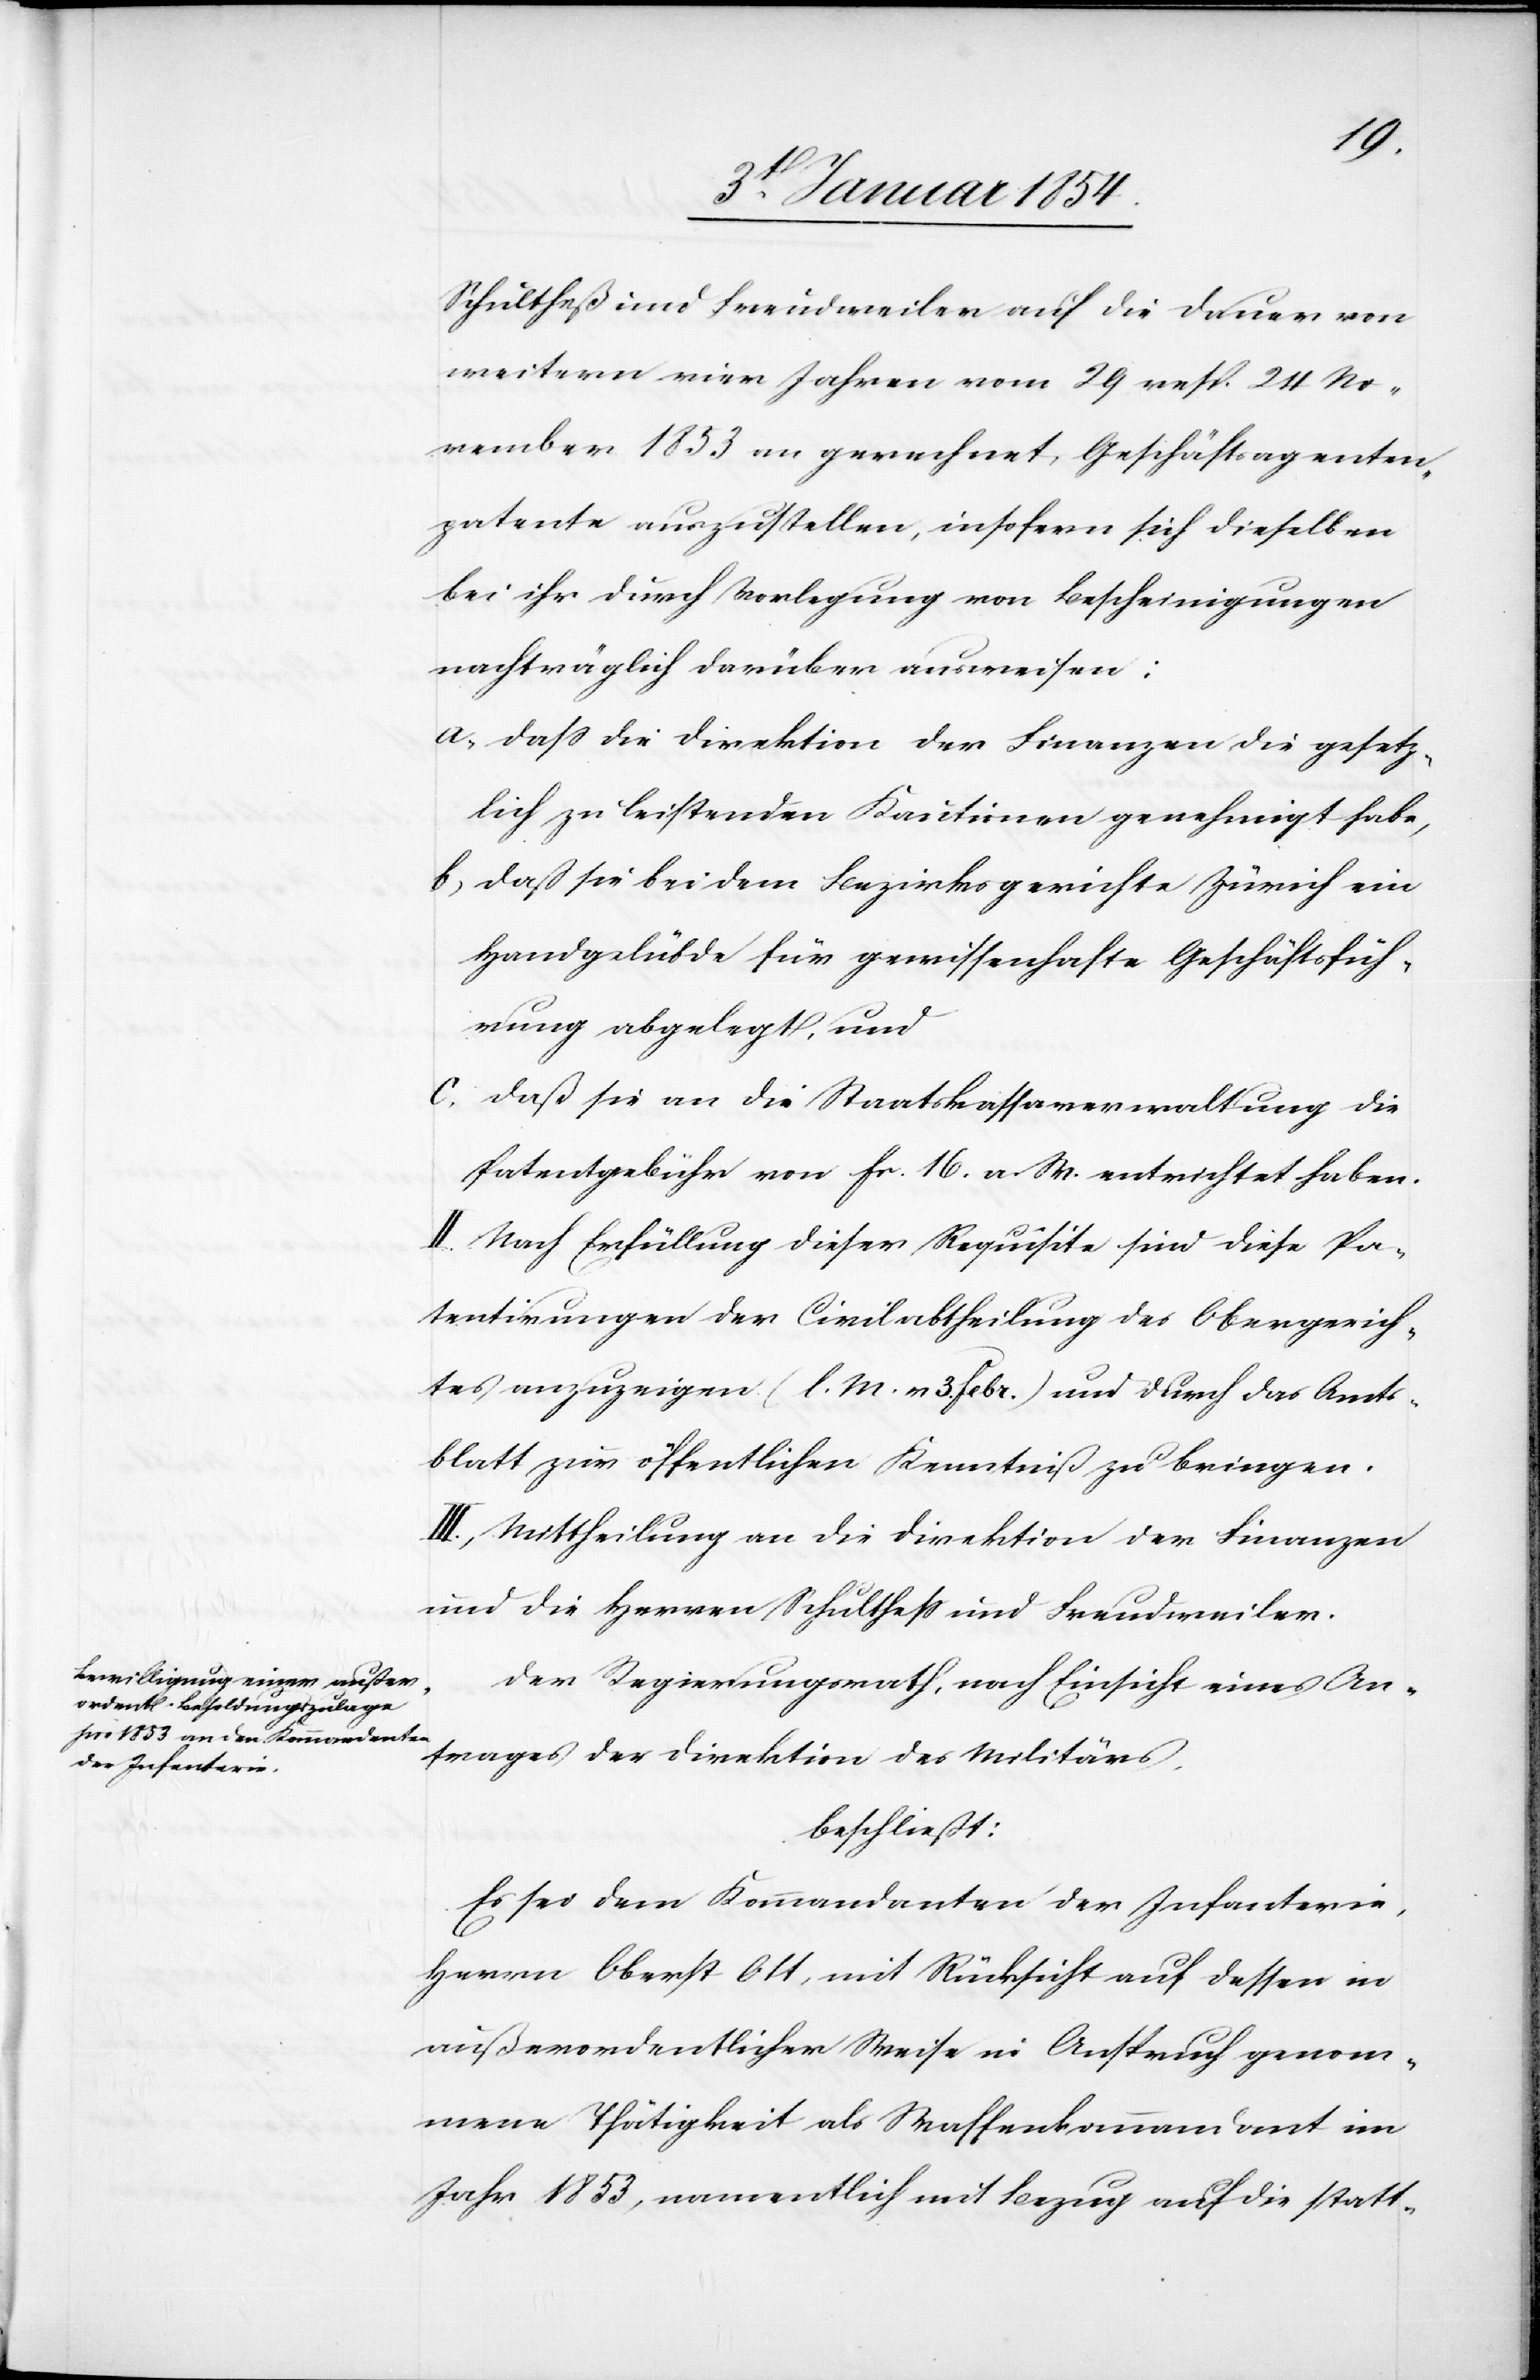
Schultheß und Freudweiler auf die Dauer von
weitern vier Jahren vom 29 resp. 24 No¬
vember 1853 an gerechnet, Geschäftsagenten¬
patente auszustellen, insofern sich dieselben
bei ihr durch Vorlegung von Bescheinigungen
nachträglich darüber ausweisen:
a, Daß die Direktion der Finanzen die gesetz¬
lich zu leistenden Kautionen genehmigt habe,
b, Daß sie bei dem Bezirksgerichte Zürich ein
Handgelübde für gewissenhafte Geschäftsfüh¬
rung abgelegt, und
c, Daß sie an die Staatskassaverwaltung die
Patentgebühr von fr. 16 a. W. entrichtet haben.
II. Nach Erfüllung dieser Requisite sind diese Pa¬
tentirungen der Civilabtheilung des Obergerich¬
tes anzuzeigen (l. M. v. 3. Febr.) und durch das Amts¬
blatt zur öffentlichen Kenntniß zu bringen.
III., Mittheilung an die Direktion der Finanzen
und die Herren Schultheß und Freudweiler.
Der Regierungsrath, nach Einsicht eines An¬
trages der Direktion des Militärs,
beschließt:
Es sei dem Kommandanten der Infanterie,
Herrn Oberst Ott, mit Rücksicht auf dessen in
außerordentlicher Weise in Anspruch genom¬
mene Thätigkeit als Waffenkommandant im
Jahr 1853, namentlich mit Bezug auf die statt-